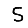
Digit: 5